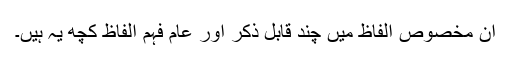
ان مخصوص الفاظ میں چند قابل ذکر اور عام فہم الفاظ کچھ یہ ہیں۔